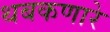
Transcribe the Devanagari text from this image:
थबकणारे